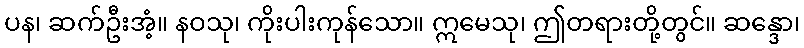
ပန၊ ဆက်ဦးအံ့။ နဝသု၊ ကိုးပါးကုန်သော။ ဣမေသု၊ ဤတရားတို့တွင်။ ဆန္ဒော၊